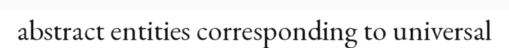
abstract entities corresponding to universal